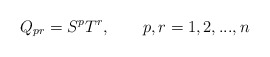
\begin{align*}Q_{pr}=S^{p}T^{r},\qquad p,r=1,2,...,n \end{align*}